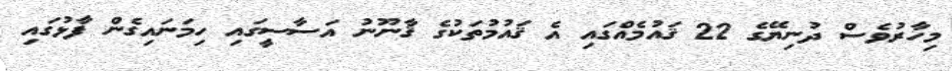
މިހާރުވެސް ދުނިޔޭގެ 22 ޤައުމެއްގައި އެ ޤައުމުތަކުގެ ޤާނޫނު އަސާސީގައި ހިމަނައިގެން ފާޅުގައި